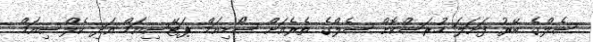
ސެލްގެ ބޭރު ފަށަލަ ހުރަސްކޮށް ސެލްގެ ތެރެއަށް ސޯޑިއަމް ޕަޓޭސިއަމް އަދި ކެލްސިއަމް